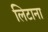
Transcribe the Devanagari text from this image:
लिटाना